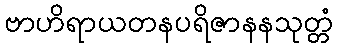
ဗာဟိရာယတနပရိဇာနနသုတ္တံ